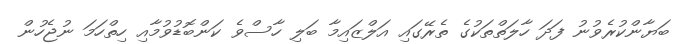
ބަޔާންކުރެވުނު ފަދަ ހާލަތްތަކުގެ ތެރޭގައި އަލްޒައިމާ ބަލި ހާސްވެ ކަންބޮޑުވުމާއި ހިތްހަމަ ނުޖެހުން